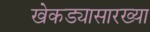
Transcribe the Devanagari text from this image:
खेकड्यासारख्या